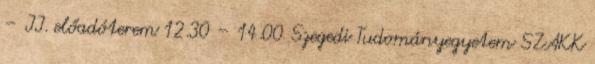
– II. előadóterem 12.30 – 14.00 Szegedi Tudományegyetem SZAKK